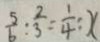
\frac { 5 } { 6 } : \frac { 2 } { 3 } = \frac { 1 } { 4 } : x